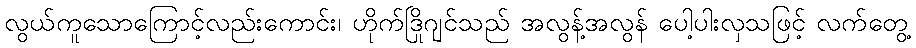
လွယ်ကူသောကြောင့်လည်းကောင်း၊ ဟိုက်ဒြိုဂျင်သည် အလွန့်အလွန် ပေါ့ပါးလှသဖြင့် လက်တွေ့